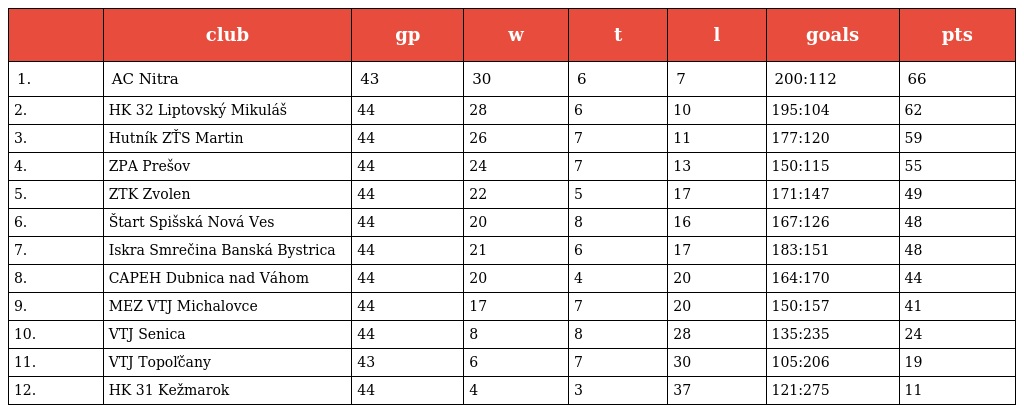
|  | club | gp | w | t | l | goals | pts |
 | --- | --- | --- | --- | --- | --- | --- | --- |
 | 1. | AC Nitra | 43 | 30 | 6 | 7 | 200:112 | 66 |
 | 2. | HK 32 Liptovský Mikuláš | 44 | 28 | 6 | 10 | 195:104 | 62 |
 | 3. | Hutník ZŤS Martin | 44 | 26 | 7 | 11 | 177:120 | 59 |
 | 4. | ZPA Prešov | 44 | 24 | 7 | 13 | 150:115 | 55 |
 | 5. | ZTK Zvolen | 44 | 22 | 5 | 17 | 171:147 | 49 |
 | 6. | Štart Spišská Nová Ves | 44 | 20 | 8 | 16 | 167:126 | 48 |
 | 7. | Iskra Smrečina Banská Bystrica | 44 | 21 | 6 | 17 | 183:151 | 48 |
 | 8. | CAPEH Dubnica nad Váhom | 44 | 20 | 4 | 20 | 164:170 | 44 |
 | 9. | MEZ VTJ Michalovce | 44 | 17 | 7 | 20 | 150:157 | 41 |
 | 10. | VTJ Senica | 44 | 8 | 8 | 28 | 135:235 | 24 |
 | 11. | VTJ Topoľčany | 43 | 6 | 7 | 30 | 105:206 | 19 |
 | 12. | HK 31 Kežmarok | 44 | 4 | 3 | 37 | 121:275 | 11 |